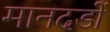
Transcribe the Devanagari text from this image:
मानदडों